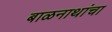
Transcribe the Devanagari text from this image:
बाळनाथांचा